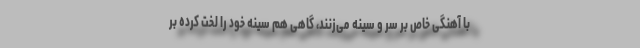
با آهنگی خاص بر سر و سینه می‌زنند، گاهی هم سینه خود را لخت‌ کرده بر